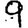
Digit: 9